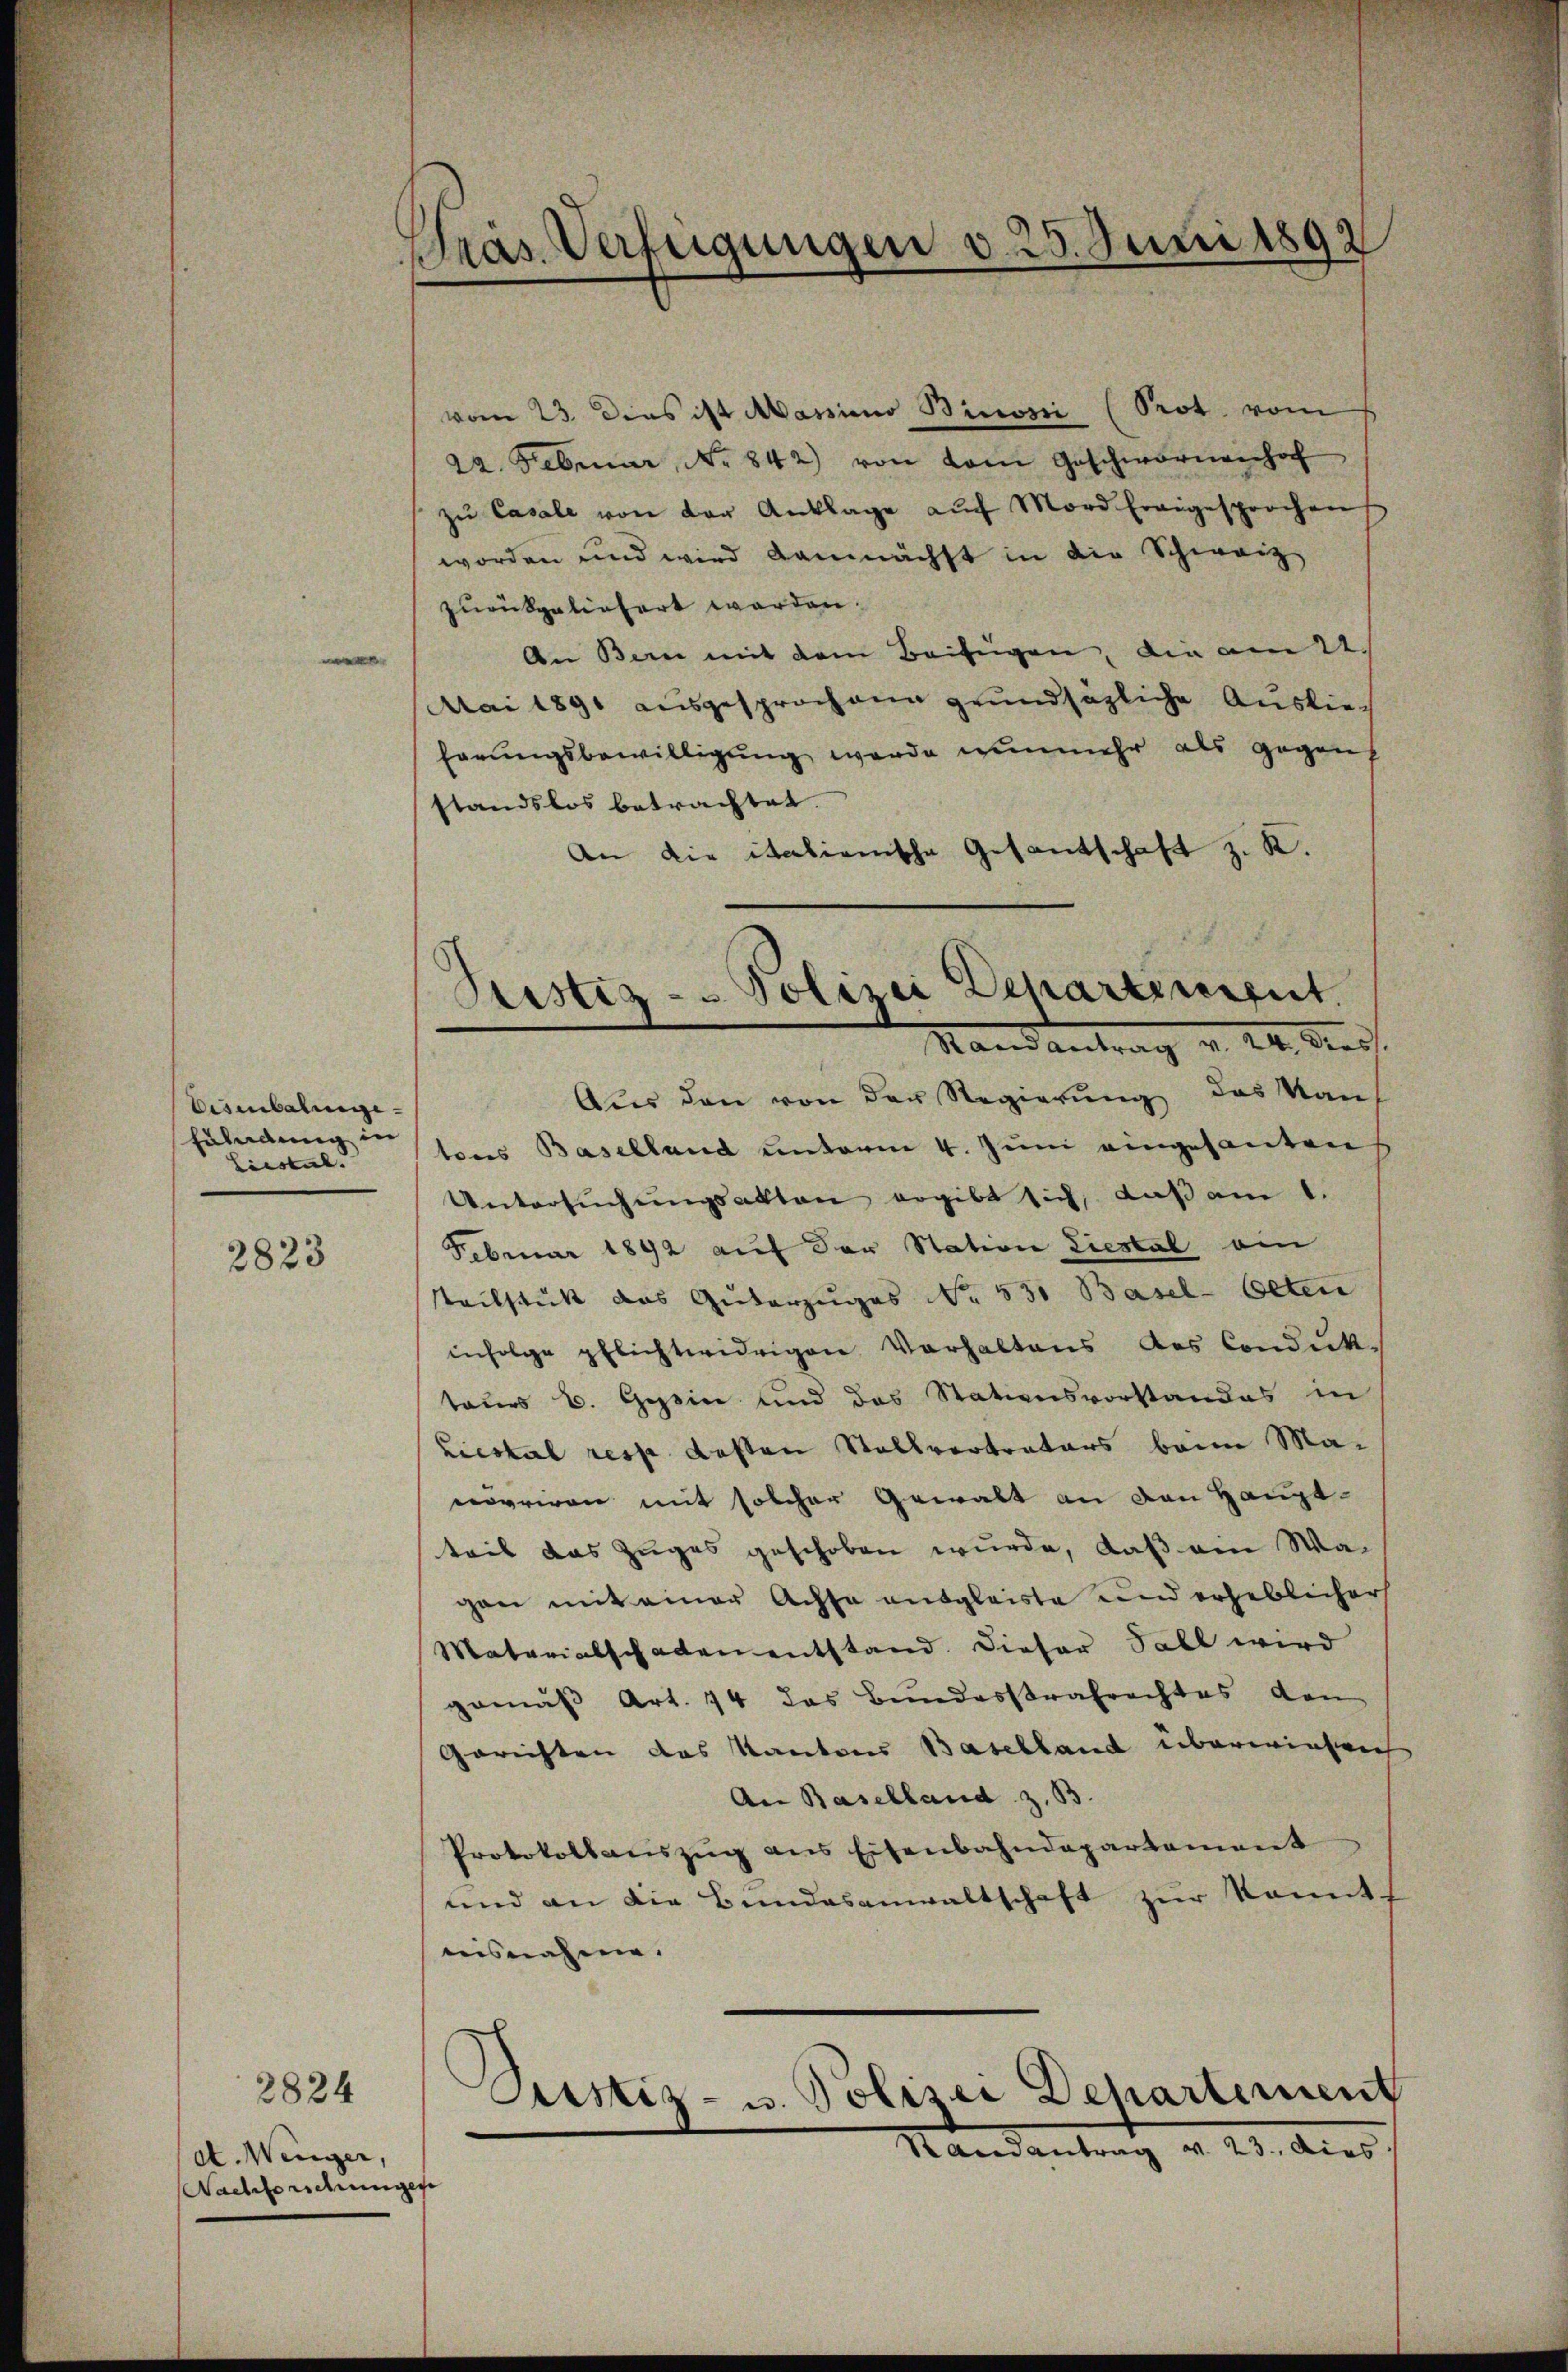
Eisenbahnge¬
Fulndung in
Liestal.

2823

e

2824
ct. Wenger,
Nachforschung

Präs. Verfügungen v. 25. Juni 1892

vom 23. Dies ist Massias Binosi (Prot. vom
22. Februar, No 842) von vom Geschwornenhof
zu Casale von der Anklage auch Mord Ereigesprochen
worden und wird demnächst in die Schweiz
zurückgeliefert werden.
An Bern mit dem Beifügen, die am 21.
Mai 1891 ausgesprochene grundsätzliche Ausliehörungsbewilligung werde nunmehr als gegen
standslos betrachtet.
An die italienische Gesantschaft z. R.
Aus den von der Regierung des Kaus
tons Baselland unterm 4. Juni eingesanten
Untersŭchŭngsakten ergibt sich, daß am 1.
Februar 1892 auf der Station Liestal am
steilstück das Güterzuges No. 531 Basel-Oeten
infolge pflichtwidrigen Verhaltens des Conduk-
teurs E. Gesin und das Stationsvorstandes in
Liestal resp. deßen Stallvertrators beim Ma-
novriren mit solcher Gewalt an den Hauptteis das Zuges geschoben wurde, daß ein Wagan mit einer Achse ausgleiste und erheblicher
Materialschaden entstand. Dieser Fall wird
gemäß Art. 74 das Bundesstrafrechtes den
Gerichten das Kantons Baselland überwiesen
An Baselland z. B.
Protokollauszug aus Eisenbahndepartement
und an die Bundesanwaltschaft zur konnte
nisnahme.
Randantrag v. 23. dies
e

Ptistiz - Polizei Departerergut.

Randantrag v. 24. dies

Justiz- u. Polizei Departement